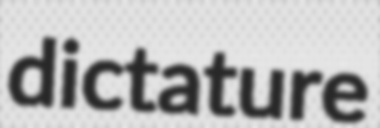
dictature